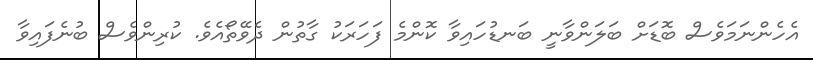
އެހެންނަމަވެސް ބޮޑަށް ބަލަންވާނީ ބަނޑުހައިވާ ކޮންމެ ފަހަރަކު ގާތުން ދެވޭތޯއެވެ. ކުރިންވެސް ބުނެފައިވާ